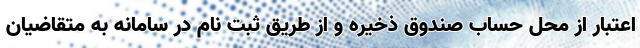
اعتبار از محل حساب صندوق ذخیره و از طریق ثبت نام در سامانه به متقاضیان